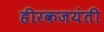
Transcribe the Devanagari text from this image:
हीरकजयंती